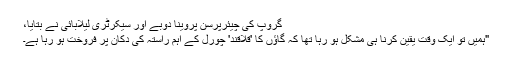
گروپ کی چیئرپرسن پروینا دوبے اور سیکرٹری ليلابائی نے بتایا،
"ہمیں تو ایک وقت یقین کرنا ہی مشکل ہو رہا تھا کہ گاؤں کا 'قلاقند' چورل کے اہم راستہ کی دکان پر فروخت ہو رہا ہے۔